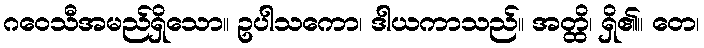
ဂဝေသီအမည်ရှိသော။ ဥပါသကော၊ ဒါယကာသည်။ အတ္ထိ၊ ရှိ၏။ တေ၊